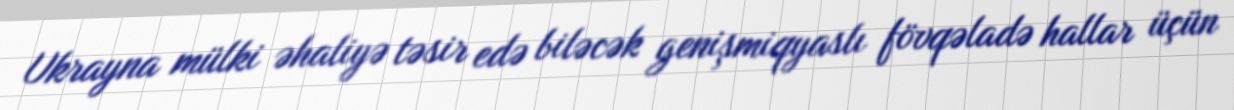
Ukrayna mülki əhaliyə təsir edə biləcək genişmiqyaslı fövqəladə hallar üçün